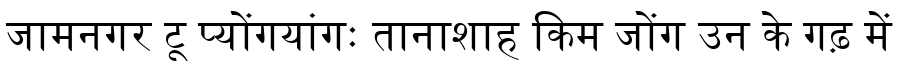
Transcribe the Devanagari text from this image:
जामनगर टू प्योंगयांगः तानाशाह किम जोंग उन के गढ़ में